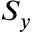
S _ { y }